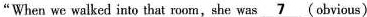
"When we walked into that room,she was \underline{ 7 } (obvious)